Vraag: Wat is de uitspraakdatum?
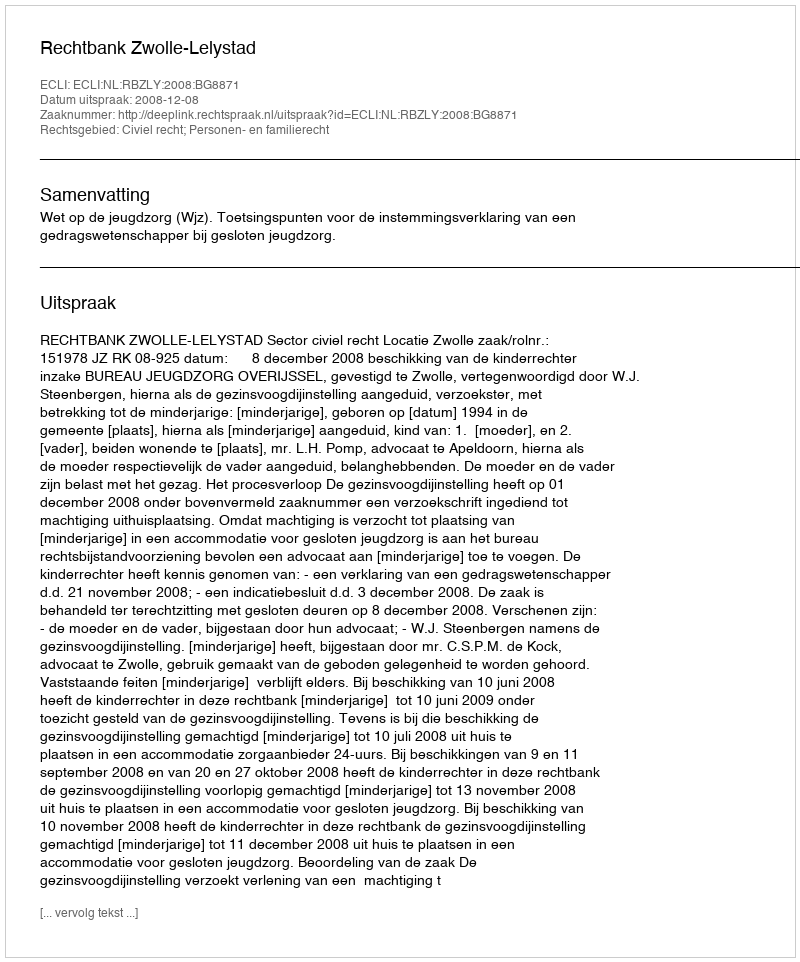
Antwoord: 2008-12-08